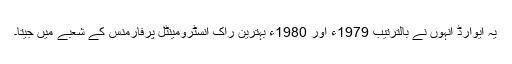
یہ ایوارڈ انہوں نے بالترتیب 1979ء اور 1980ء بہترین راک انسٹرومینٹل پرفارمنس کے شعبے میں جیتا۔